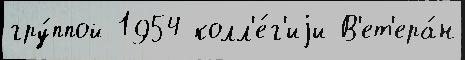
гру́ппой 1954 колл'е́г'иjи В'ет'ера́н